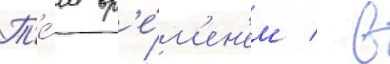
Т'е́м вр'е́м'ен'ем / в